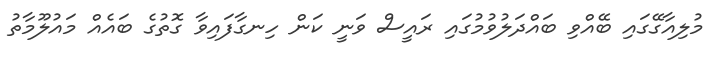
މުލިއާގޭގައި ބޭއްވި ބައްދަލުވުމުގައި ރައީސް ވަނީ ކަން ހިނގާފައިވާ ގޮތުގެ ބައެއް މައުލޫމާތު